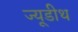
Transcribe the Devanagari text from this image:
ज्यूडीथ